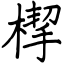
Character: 㮮